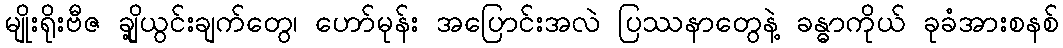
မျိုးရိုးဗီဇ ချို့ယွင်းချက်တွေ၊ ဟော်မုန်း အပြောင်းအလဲ ပြဿနာတွေနဲ့ ခန္ဓာကိုယ် ခုခံအားစနစ်